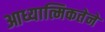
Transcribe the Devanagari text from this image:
आध्यात्मिकतेने